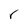
Character: r